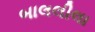
બાલલીલા